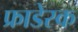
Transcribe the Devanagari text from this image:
फ्राडेस्क